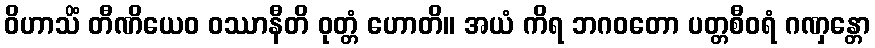
ဝိဟာသိံ တီဏိယေဝ ဝဿာနီတိ ဝုတ္တံ ဟောတိ။ အယံ ကိရ ဘဂဝတော ပတ္တစီဝရံ ဂဏှန္တော